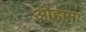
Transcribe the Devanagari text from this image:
ओहामा